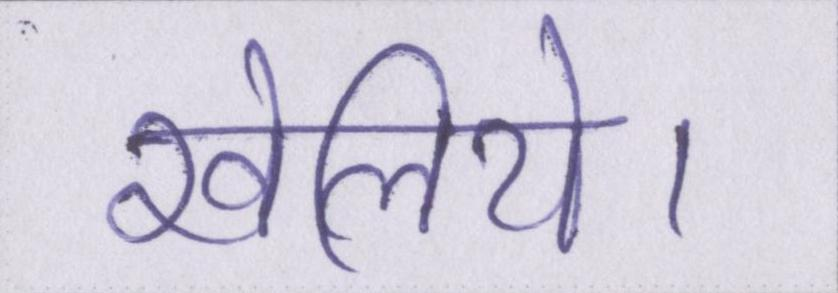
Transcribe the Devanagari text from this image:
खेलिये।